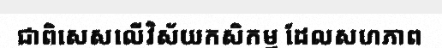
ជាពិសេសលើវិស័យកសិកម្ម ដែលសហភាព